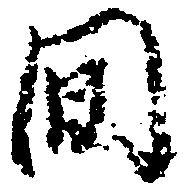
間